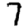
Digit: 7